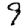
Digit: 9